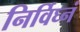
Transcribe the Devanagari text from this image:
निर्विघ्नं